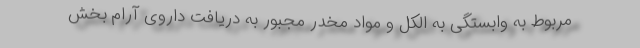
مربوط به وابستگی به الکل و مواد مخدر مجبور به دریافت داروی آرام بخش